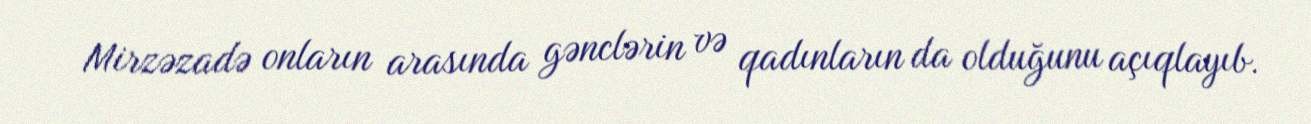
Mirzəzadə onların arasında gənclərin və qadınların da olduğunu açıqlayıb.